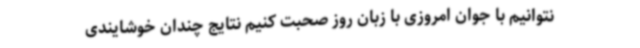
نتوانیم با جوان امروزی با زبان روز صحبت کنیم نتایج چندان خوشایندی